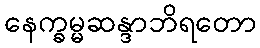
နေက္ခမ္မဆန္ဒာဘိရတော